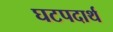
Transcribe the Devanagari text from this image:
घटपदार्थ